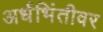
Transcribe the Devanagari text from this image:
अर्धभिंतीवर